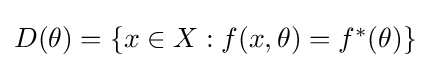
{\textstyle D(\theta )=\{x\in X:f(x,\theta )=f^{*}(\theta )\}}